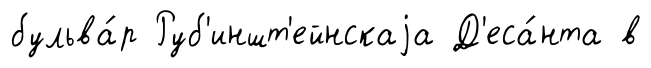
бульва́р Руб'иншт'ейнскаjа Д'еса́нта в